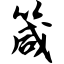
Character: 箴